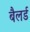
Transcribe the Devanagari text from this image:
बैलर्ड